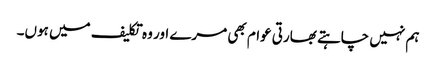
ہم نہیں چاہتے بھارتی عوام بھی مرے اور وہ تکلیف میں ہوں۔